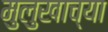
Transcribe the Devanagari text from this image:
मुलुखाच्या